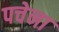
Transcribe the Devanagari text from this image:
पचेना